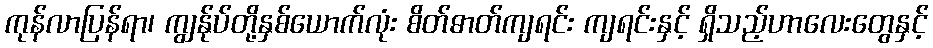
ကုန်လာပြန်ရာ၊ ကျွန်ုပ်တို့နှစ်ယောက်လုံး စိတ်ဓာတ်ကျရင်း ကျရင်းနှင့် ရှိသည့်ဟာလေးတွေနှင့်